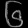
Digit: ၆